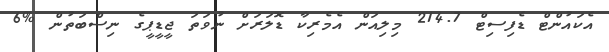
އެކައުންޓް ޑެފިސިޓް 214.7 މިލިއަން އެމެރިކާ ޑޮލަރަށް ނުވަތަ ޖީޑީޕީގެ ނިސްބަތުން %6